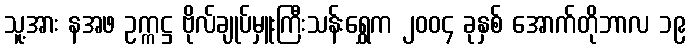
သူ့အား နအဖ ဥက္ကဋ္ဌ ဗိုလ်ချုပ်မှူးကြီးသန်းရွှေက ၂၀၀၄ ခုနှစ် အောက်တိုဘာလ ၁၉